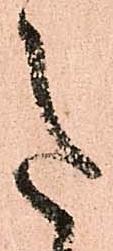
意